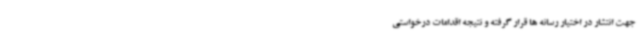
جهت انتشار در اختیار رسانه ها قرار گرفته و نتیجه اقدامات درخواستی